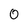
Character: 0